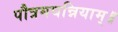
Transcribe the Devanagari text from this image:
पौत्रमघन्नियाम्॥